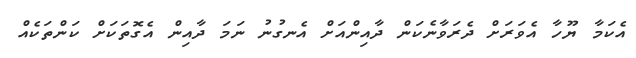
އެކަމާ ޔޫހާ އެވަރަށް ދެރަވާނެކަން ދާއިންއަށް އެނގުނު ނަމަ ދާއިން އެގޮތަކަށް ކަންތަކެއް